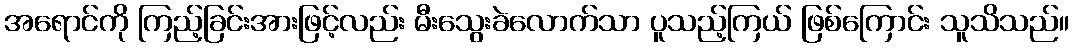
အရောင်ကို ကြည့်ခြင်းအားဖြင့်လည်း မီးသွေးခဲလောက်သာ ပူသည့်ကြယ် ဖြစ်ကြောင်း သူသိသည်။